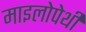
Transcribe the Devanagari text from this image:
माइलोपेथी